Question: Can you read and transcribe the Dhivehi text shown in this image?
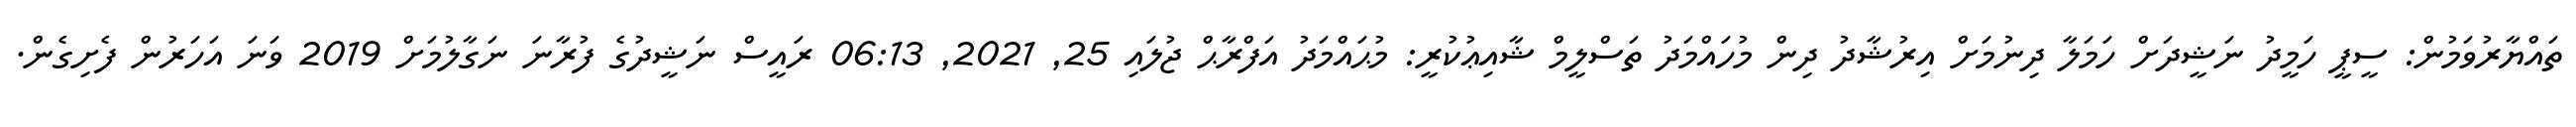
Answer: ތައްޔާރުވަމުން: ސީޕީ ހަމީދު ނަޝީދަށް ހަމަލާ ދިނުމަށް އިރުޝާދު ދިން މުހައްމަދު ތަސްލީމް ޝާއިޢުކުރީ: މުޙައްމަދު އަފްރާޙް ޖުލައި 25, 2021, 06:13 ރައީސް ނަޝީދުގެ ފުރާނަ ނަގާލުމަށް 2019 ވަނަ އަހަރުން ފެށިގެން.